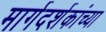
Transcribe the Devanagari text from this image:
मार्गदर्शकांच्या